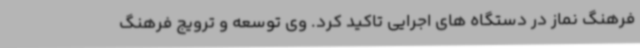
فرهنگ نماز در دستگاه های اجرایی تاکید کرد. وی توسعه و ترویج فرهنگ